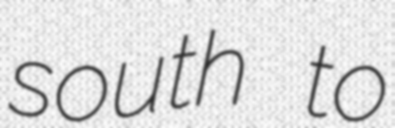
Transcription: south to